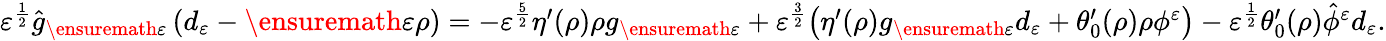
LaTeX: \begin{array}{r}{\varepsilon^{\frac{1}{2}}\hat{g}_{\ensuremath{\varepsilon}}\left(d_{\varepsilon}-\ensuremath{\varepsilon}\rho\right)=-\varepsilon^{\frac{5}{2}}\eta^{\prime}(\rho)\rho g_{\ensuremath{\varepsilon}}+\varepsilon^{\frac{3}{2}}\big(\eta^{\prime}(\rho)g_{\ensuremath{\varepsilon}}d_{\varepsilon}+\theta_{0}^{\prime}(\rho)\rho\phi^{\varepsilon}\big)-\varepsilon^{\frac{1}{2}}\theta_{0}^{\prime}(\rho)\hat{\phi}^{\varepsilon}d_{\varepsilon}.}\end{array}